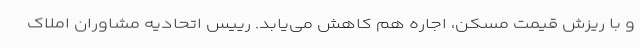
و با ریزش قیمت مسکن، اجاره هم کاهش می‌یابد. رییس اتحادیه مشاوران املاک